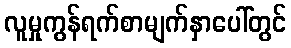
လူမှုကွန်ရက်စာမျက်နှာပေါ်တွင်